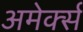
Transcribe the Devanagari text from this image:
अमेर्क्स